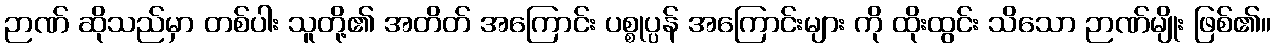
ဉာဏ် ဆိုသည်မှာ တစ်ပါး သူတို့၏ အတိတ် အကြောင်း ပစ္စုပ္ပန် အကြောင်းများ ကို ထိုးထွင်း သိသော ဉာဏ်မျိုး ဖြစ်၏။